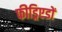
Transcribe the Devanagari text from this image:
फीड्रिएडों